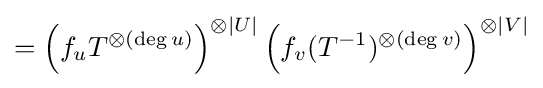
=\left(f_{u}T^{\otimes (\deg u)}\right)^{\otimes |U|}\left(f_{v}(T^{-1})^{\otimes (\deg v)}\right)^{\otimes |V|}